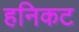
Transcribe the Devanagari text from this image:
हनिकट